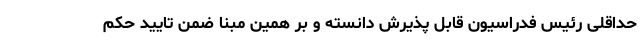
حداقلی رئیس فدراسیون قابل پذیرش دانسته و بر همین مبنا ضمن تایید حکم